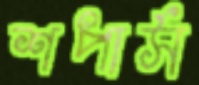
শপার্স